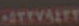
٠٥٣٢٧٩٤٢٢